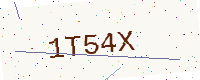
Text: 1T54X